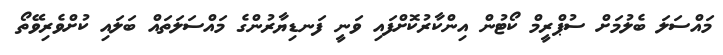
މައްސަލަ ބެލުމަށް ސުޕްރީމް ކޯޓުން އިންކާރުކޮށްފައި ވަނީ ފަނޑިޔާރުންގެ މައްސަލަތައް ބަލައި ކުށްވެރިވޭތޯ